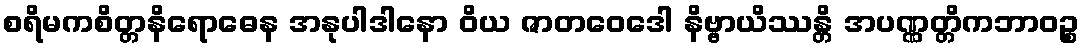
စရိမကစိတ္တနိရောဓေန အနုပါဒါနော ဝိယ ဇာတဝေဒေါ နိဗ္ဗာယိဿန္တိ အပဏ္ဏတ္တိကဘာဝဉ္စ